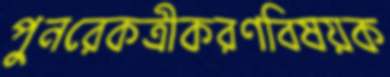
পুনরেকত্রীকরণবিষয়ক